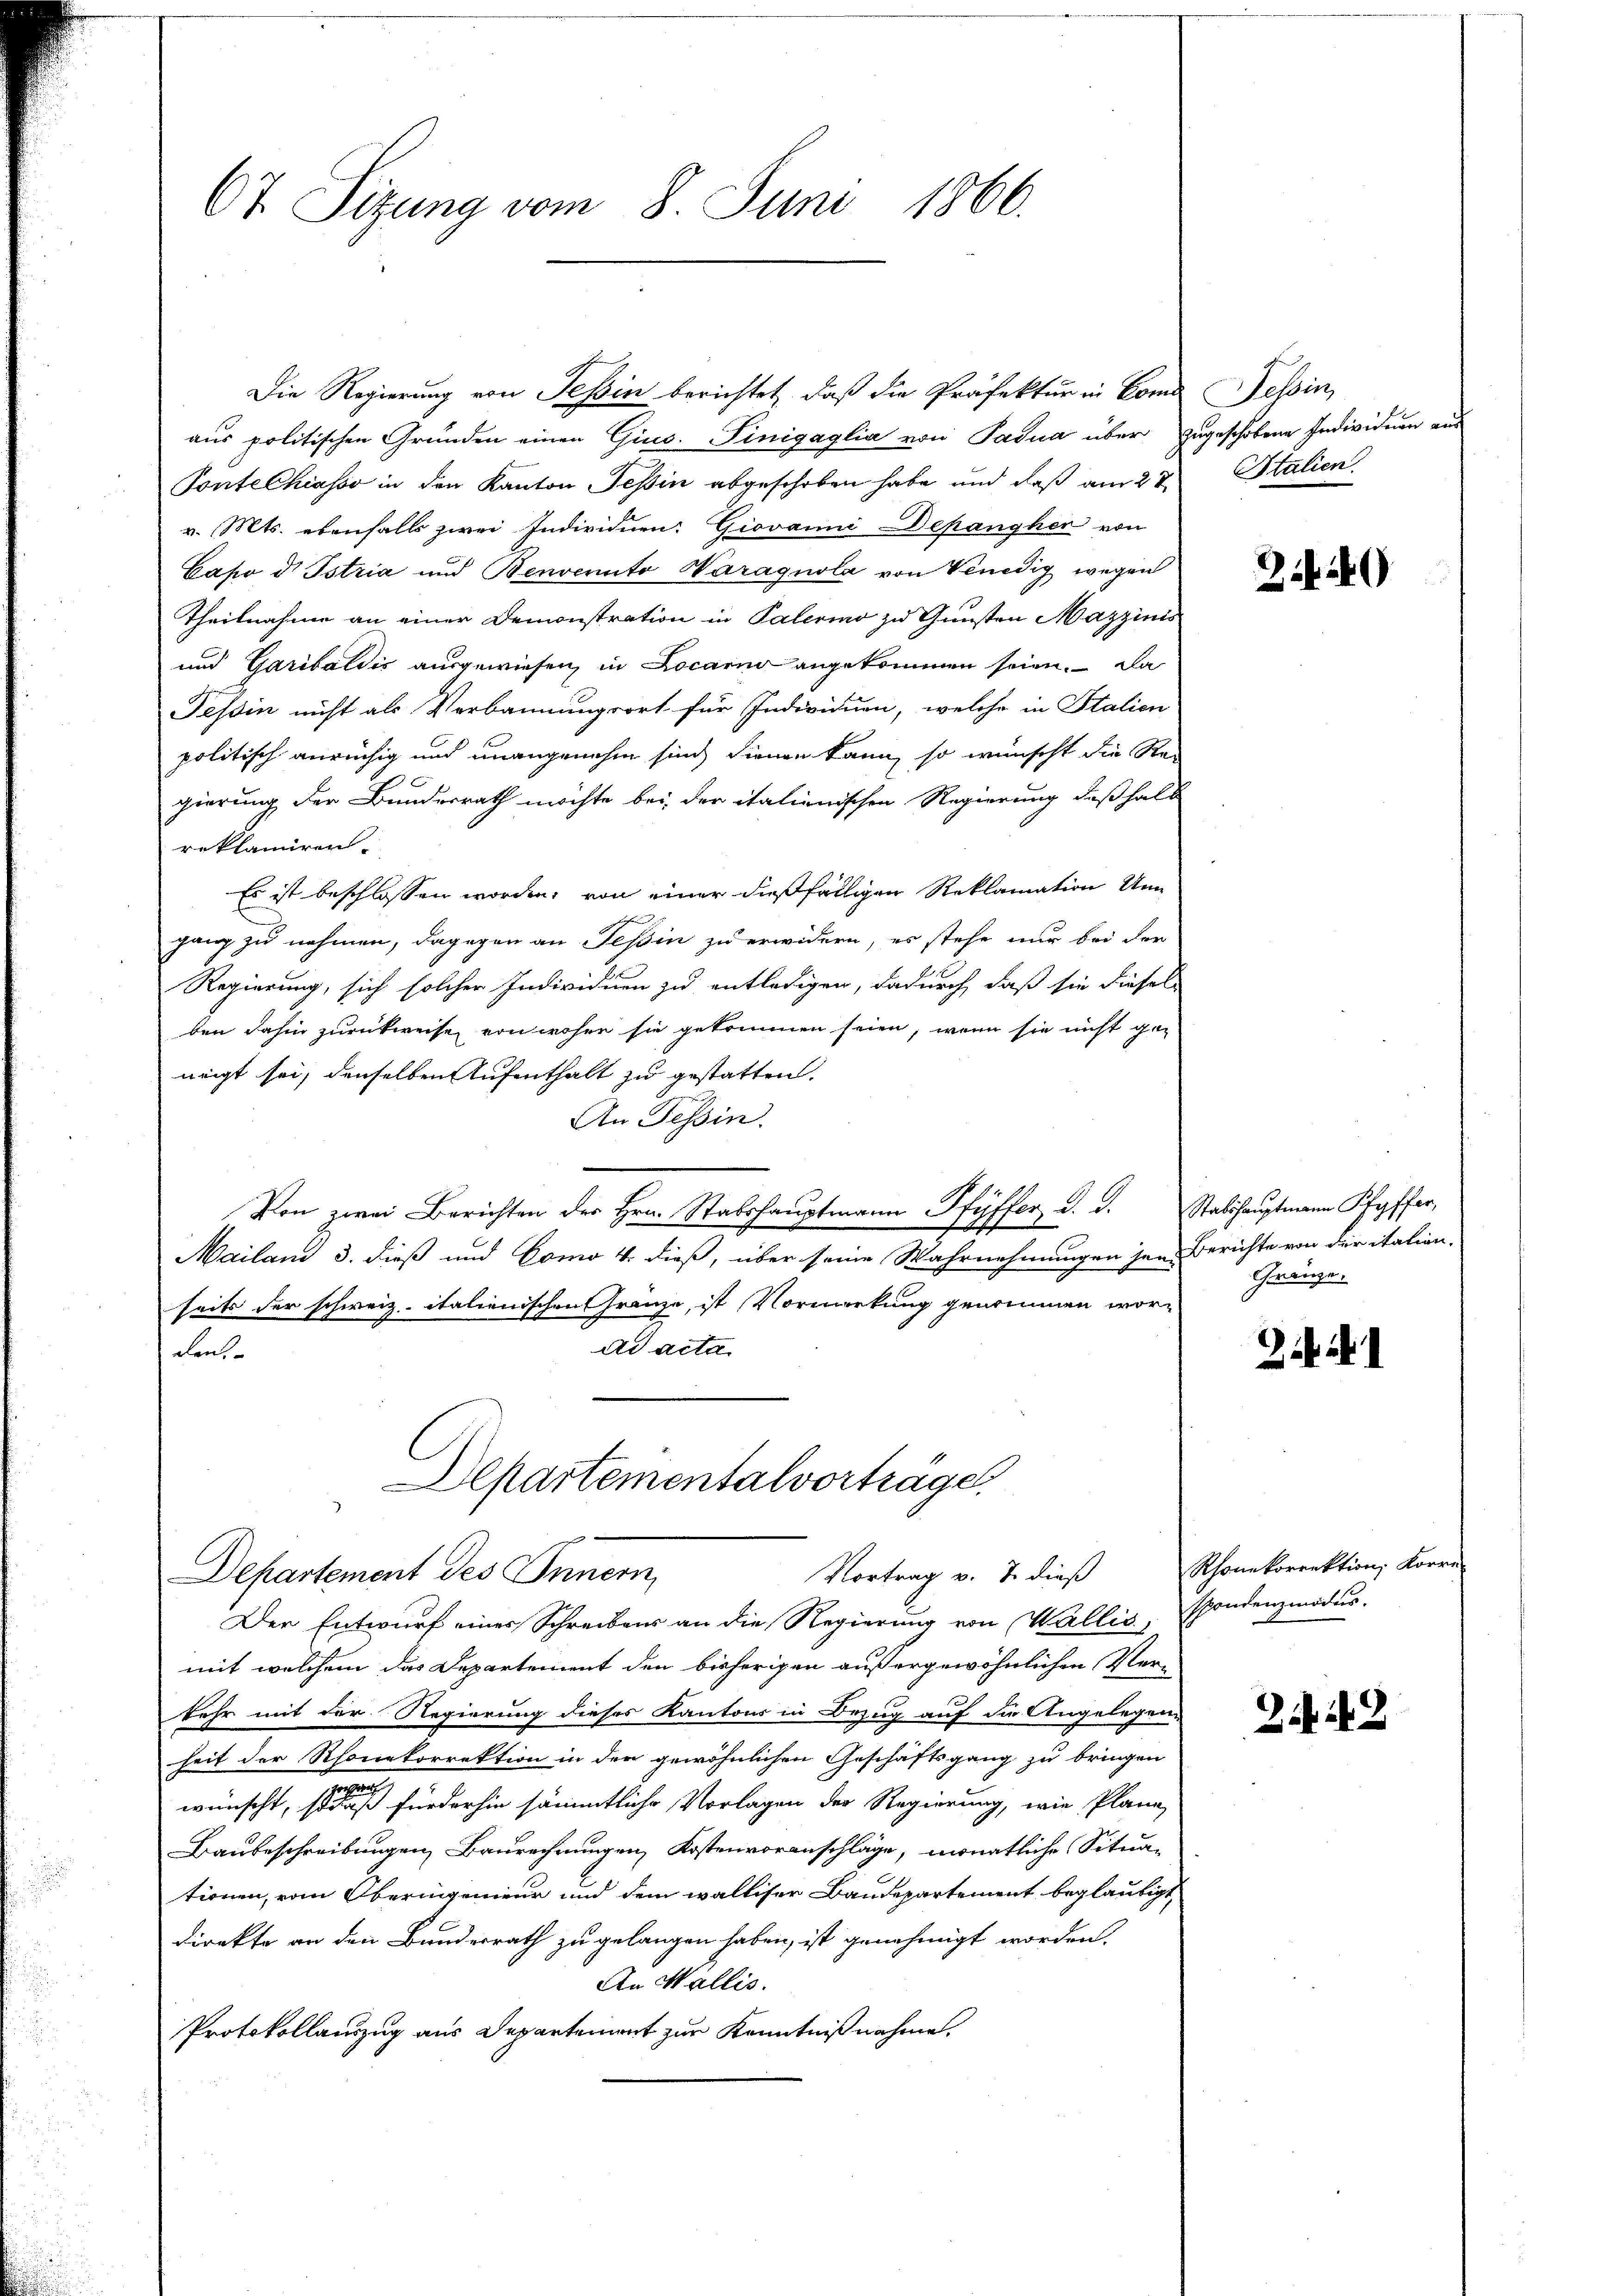
67. Sitzung vom 8. Juni 1866.

Die Regierung von Tessin berichtet, daß die Präfektur in Concessin,
aus politischen Gründen einen Gins. Pinigaglia von Padua über zugeschobene Individuen aus
Pontelhiasso in den Kanton Tessin abgeschoben habe und daß am 27.
v. Mts. ebenfalls zwei Individuen: Giovanni Depangher von
Capo d. Istria und Benvenuto Naragnola von Venedig wegen
Theilnahme an einer Demonstration in Palermo zu Gunsten Mazzinis
und Garibaldis ausgewiesen, in Locarno angekommen seien. Da
Tessin nicht als Verbannungsort für Individuen, welche in Italien
politisch anrüchig und unangenehm sind, dienen kann, so wünscht die Regierung der Bundesrath möchte bei der italienischen Regierung deßhalb
reklamiren.
Es ist beschlossen worden, von einer dießfälligen Reklamation den
ganz zu nehmen, dagegen an Tessin zu erwidern, es stehe nur bei der
Regierung, sich solcher Individuen zu entledigen, dadurch, daß sie diesel
ben dahin zurückweise von wohen sie gekommen seien, wenn sie nicht ge-
neigt sei, denselben Aufenthalt zu gestatten.
An Tessin.
Von zwei Berichten des Hrn. Stabshauptmann Pfyffer d. d. Stabshauptmann Pfeffer,
Mailand 3. dieß und Como 4. dieß, über seine Wahrnehmungen jene Berichte von der italien-
seits der schweiz. italienischen Franze, ist Vormerkung genommen wor¬
Ad acta.
Lent
Departementalvorträge.
Departement des Innern,
Vortrag v. J. dieß
Der Entwurf eines Schreibens an die Regierung von Wallis, sondenzmodus.
mit welchem das Departement den bisherigen außergewöhnlichen Verkehr mit der Regierung dieses Kantons in Bezug auf die Angelegen-
heit der Rhonekorrektion in den gewöhnlichen Geschäftsgang zu bringen
1
wünscht, so daß füederhin sämmtliche Vorlagen der Regierung, wie Plane
Baubeschreibungen Baurechnungen, Kostenvoranschläge, monatliche Situa-
tionen, vom Oberingenieur und dem walliser Baudepartement beglaubigt,
direkte an den Bundesrath zu gelangen haben, ist genehmigt worden.
An Wallis.
Protokollauszug aus Departement zur Kenntniß nahme.

Italien.

29)

Gränze.

Rhonekorrektion, Korre-

242